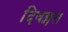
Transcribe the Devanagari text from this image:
दिवङ्गत